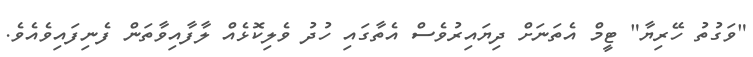
"ވަގުތު ހޭރިޔާ" ޓީމް އެތަނަށް ދިޔައިރުވެސް އެތާގައި ހުދު ވެލިކޮޅެއް ލާފާއިވާތަން ފެނިފައިވެއެވެ.